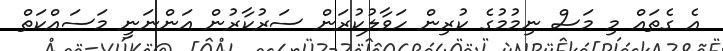
އެ ގެތައް މި މަސް ނިމުމުގެ ކުރިން ހަވާލުކުރަން ސަރުކާރުން އަންނަނީ މަސައްކަތް